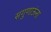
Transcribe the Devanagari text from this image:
सगुणाऊंना